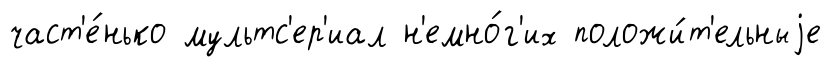
част'е́нько мультс'ер'иал н'емно́г'их положи́т'ельныjе